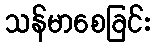
သန်မာစေခြင်း